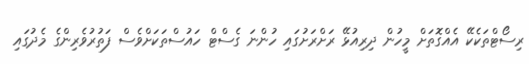
ރިސޯޓްތަކެކޭ އެއްގޮތަށް މީހުން ދިރިއުޅޭ ރަށްރަށުގައި ހުންނަ ގެސްޓް ހައުސްތަކަށްވެސް ފަތުުރުވެރިންގެ މެދުގައި